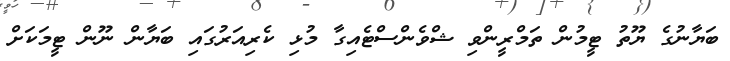
ބަޔާނުގެ ޔޫތު ޓީމުން ތަމްރީންވި ޝްވެންސްޓެއިގާ މުޅި ކެރިއަރުގައި ބަޔާން ނޫން ޓީމަކަށް